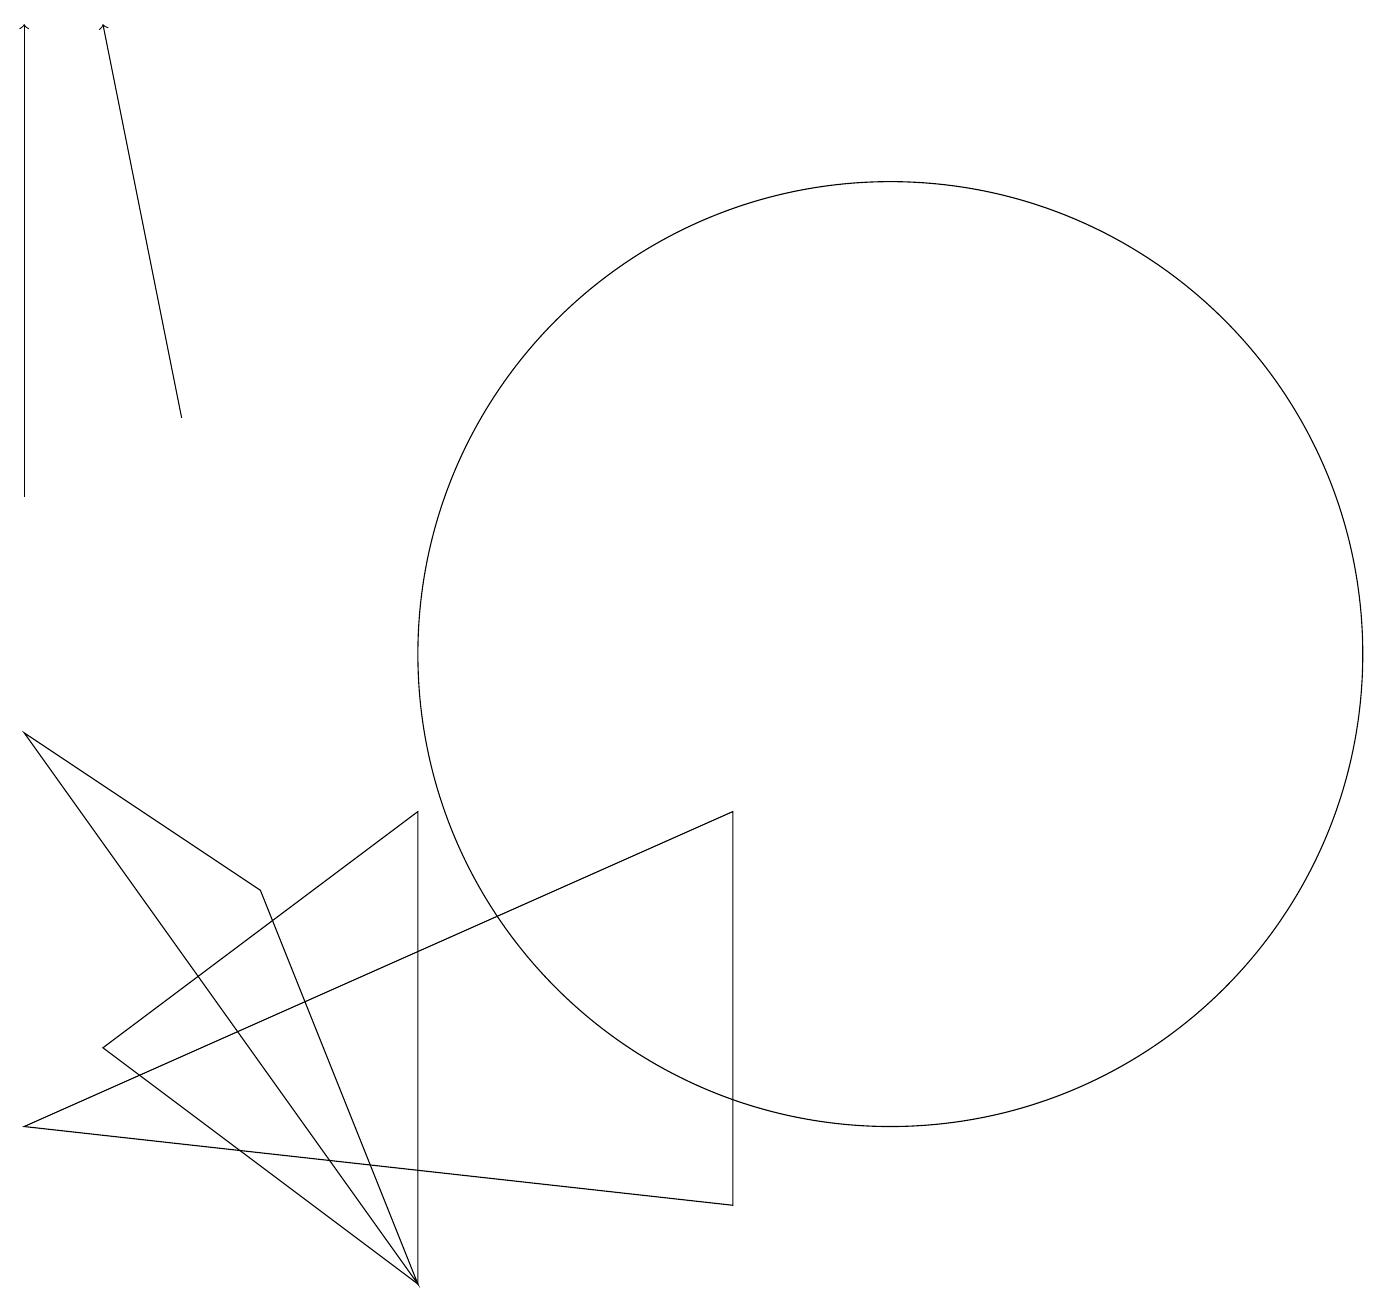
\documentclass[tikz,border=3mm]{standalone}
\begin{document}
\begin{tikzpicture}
\draw (5,8) -- (1,5) -- (5,2) -- cycle;
\draw (11,10) circle (6);
\draw[->] (0,12) -- (0,18);
\draw[->] (2,13) -- (1,18);
\draw (10,10) circle (0);
\draw (5,2) -- (3,7) -- (0,9) -- cycle;
\draw (0,4) -- (9,3) -- (9,8) -- cycle;
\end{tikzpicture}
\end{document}